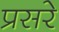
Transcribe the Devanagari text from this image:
प्रसरे